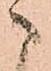
こ